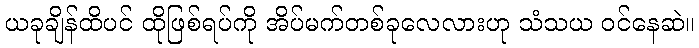
ယခုချိန်ထိပင် ထိုဖြစ်ရပ်ကို အိပ်မက်တစ်ခုလေလားဟု သံသယ ဝင်နေဆဲ။